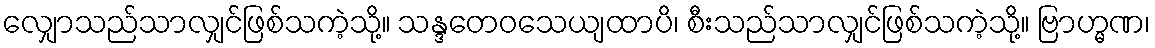
လျှောသည်သာလျှင်ဖြစ်သကဲ့သို့။ သန္ဒတေဝသေယျထာပိ၊ စီးသည်သာလျှင်ဖြစ်သကဲ့သို့။ ဗြာဟ္မဏ၊